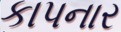
કાપનાર